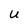
Character: U